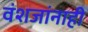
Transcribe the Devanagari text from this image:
वंशजांनाही